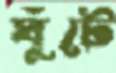
ঘুঁটে